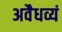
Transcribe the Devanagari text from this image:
अवैधव्यं